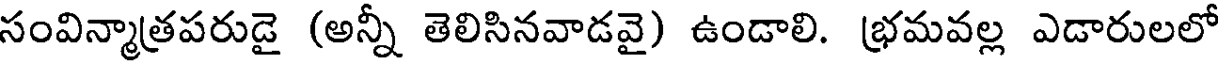
సంవిన్మాత్రపరుడై (అన్నీ తెలిసినవాడవై) ఉండాలి. భ్రమవల్ల ఎడారులలో